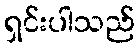
ရှင်းပါသည်